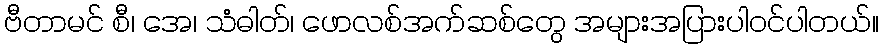
ဗီတာမင် စီ၊ အေ၊ သံဓါတ်၊ ဖောလစ်အက်ဆစ်တွေ အများအပြားပါဝင်ပါတယ်။